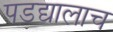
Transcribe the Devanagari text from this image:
पडद्यालाच